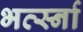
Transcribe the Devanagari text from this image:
भर्त्स्ना